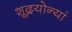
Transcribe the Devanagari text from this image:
शूद्रयोन्यां